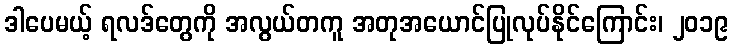
ဒါပေမယ့် ရလဒ်တွေကို အလွယ်တကူ အတုအယောင်ပြုလုပ်နိုင်ကြောင်း၊ ၂၀၁၉